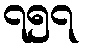
၇၅၇